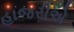
હાજરીએ